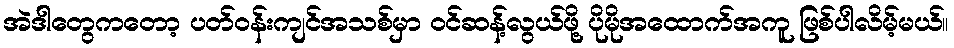
အဲဒါတွေကတော့ ပတ်ဝန်းကျင်အသစ်မှာ ဝင်ဆန့်လွယ်ဖို့ ပိုမိုအထောက်အကူ ဖြစ်ပါလိမ့်မယ်။